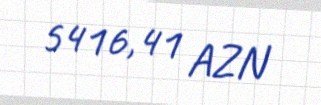
5416,41 AZN